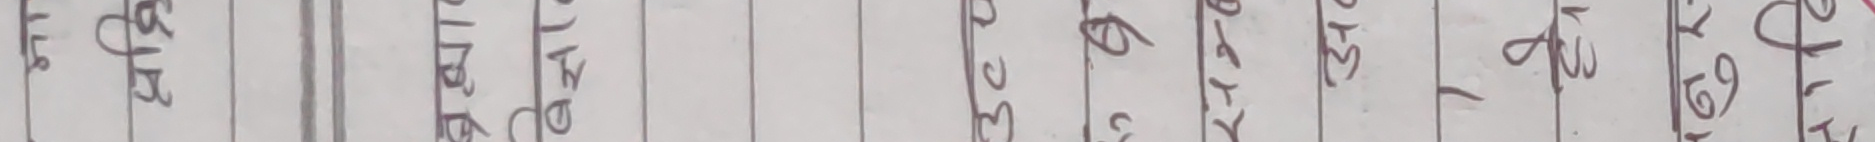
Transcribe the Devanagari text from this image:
प्रश्न